Vaccination in Bombay 1902-1912 - 1902-1912
Year: 1902
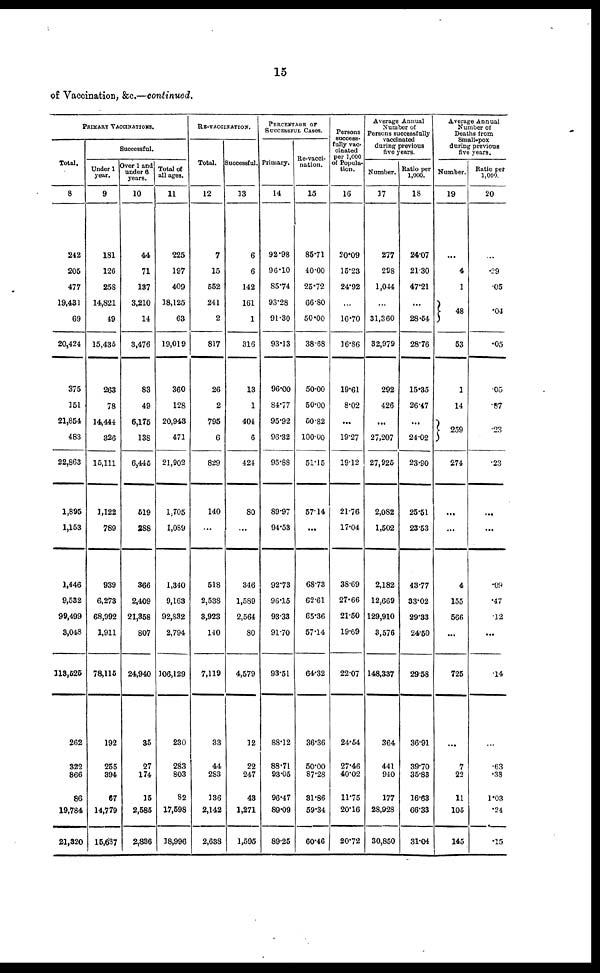
15
of Vaccination, &c.—continued.
PRIMARY VACCINATIONS.
Total.
8
242
205
477
19,431
69
20,424
375
151
21,854
483
22,863
1,895
1,153
1,446
9,532
99,499
3,048
113,525
262
322
866
86
19,784
21,320
Successful.
Under 1
year.
9
181
126
258
14,821
49
15,435
263
78
14,444
326
15,111
1,122
789
939
6,273
68,992
1,911
78,115
192
255
394
67
14,779
15,687
Over 1 and
under 6
years.
10
44
71
137
3,210
14
3,476
83
49
6,175
138
6,445
519
288
366
2,409
21,358
807
24,940
35
27
174
15
2,585
2,836
Total of
all ages.
11
225
197
409
18,125
63
19,019
360
128
20,943
471
21,902
1,705
1,089
1,340
9,163
92,832
2,794
106,129
230
283
803
82
17,598
18,996
RE-VACCINATION.
Total.
12
7
15
552
241
2
817
26
2
795
6
829
140
...
518
2,538
3,923
140
7,119
33
44
283
136
2,142
2,638
Successful.
13
6
6
142
161
1
316
13
1
404
6
424
80
...
346
1,589
2,564
80
4,579
12
22
247
43
1,271
1,595
PERCENTAGE OF
SUCCESSFUL CASES.
Primary.
14
92.98
96.10
85.74
93.28
91.30
93.13
96.00
84.77
95.92
96.32
95.88
89.97
94.53
92.73
96.15
93.33
91.70
93.51
88.12
88.71
93.05
96.47
89.09
89.25
Re-vacci-
nation.
15
85.71
40.00
25.72
66.80
50.00
38.68
50.00
50.00
50.82
100.00
51.15
57.14
...
68.73
62.61
65.36
57.14
64.32
36.36
50.00
87.28
31.86
59.34
60.46
Persons
success¬
fully vac-
cinated
per 1,000
of Popula-
tion.
16
20.09
15.23
24.92
...
16.70
16.86
19.61
8.02
...
19.27
19.12
21.76
17.04
38.69
27.66
21.50
19.69
22.07
24.54
27.46
40.02
11.75
20.16
20.72
Average Annual
Number of
Persons successfully
vaccinated
during previous
five years.
Number.
17
277
298
1,044
...
31,360
32,979
292
426
...
27,207
27,925
2,082
1,502
2,182
12,669
129,910
3,576
148,337
364
441
940
177
28,928
30,850
Ratio per
1,000.
18
24.07
21.30
47.21
...
28.54
28.76
15.35
26.47
...
24.02
23.90
25.51
23.53
43.77
33.02
29.33
24.50
29.58
36.91
39.70
35.83
16.63
66.33
31.04
Average Annual
Number of
Deaths from
Small-pox
during previous
five years.
Number.
19
...
4
1
48
53
1
14
259
274
...
...
4
155
566
...
725
...
7
22
11
105
145
Ratio per
1,000.
20
...
.29
.05
.04
.05
.05
.87
.23
.23
...
...
.09
.47
.12
...
.14
...
.63
.33
1.03
.24
.15